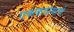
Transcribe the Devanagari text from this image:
एककाप्रमाणे